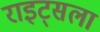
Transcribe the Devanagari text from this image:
राइट्सला